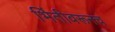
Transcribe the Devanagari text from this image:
भिंतीवरूनच